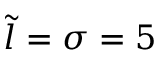
\tilde { l } = \sigma = 5